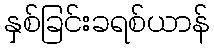
နှစ်ခြင်းခရစ်ယာန်